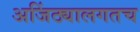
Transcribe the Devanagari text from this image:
अजिंठ्यालगतच